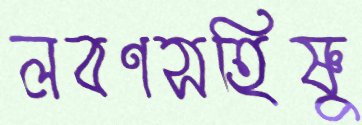
লবণসহিষ্ণু